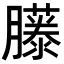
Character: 𦢘